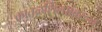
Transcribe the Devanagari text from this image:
कातळशिल्पांवरून